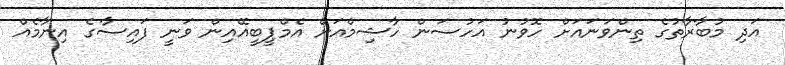
އަދި މުބާރާތުގެ ތިންވަނައަށް ހޮވުނު އަހުސަން ހާޝިމްއަށް އެމްޕީބީއޭއިން ވަނީ ފައިސާގެ އިނާމެއް